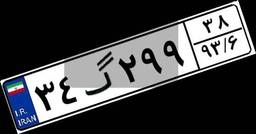
۵۴گ۰۳۳۶۲